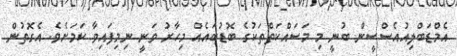
އެމްޑަބްލިއުއެސްސީން ބުނީ މި މަސައްކަތްތަކުގެ ބޮޑުބައެއް މިހާރު ވަނީ ނިމިފައިވާ ކަމަށެވެ. އެގޮތުން